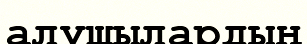
алушылардың